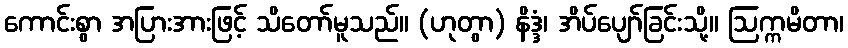
ကောင်းစွာ အပြားအားဖြင့် သိတော်မူသည်။ (ဟုတွာ) နိဒ္ဒံ၊ အိပ်ပျော်ခြင်းသို့။ ဩက္ကမိတာ၊